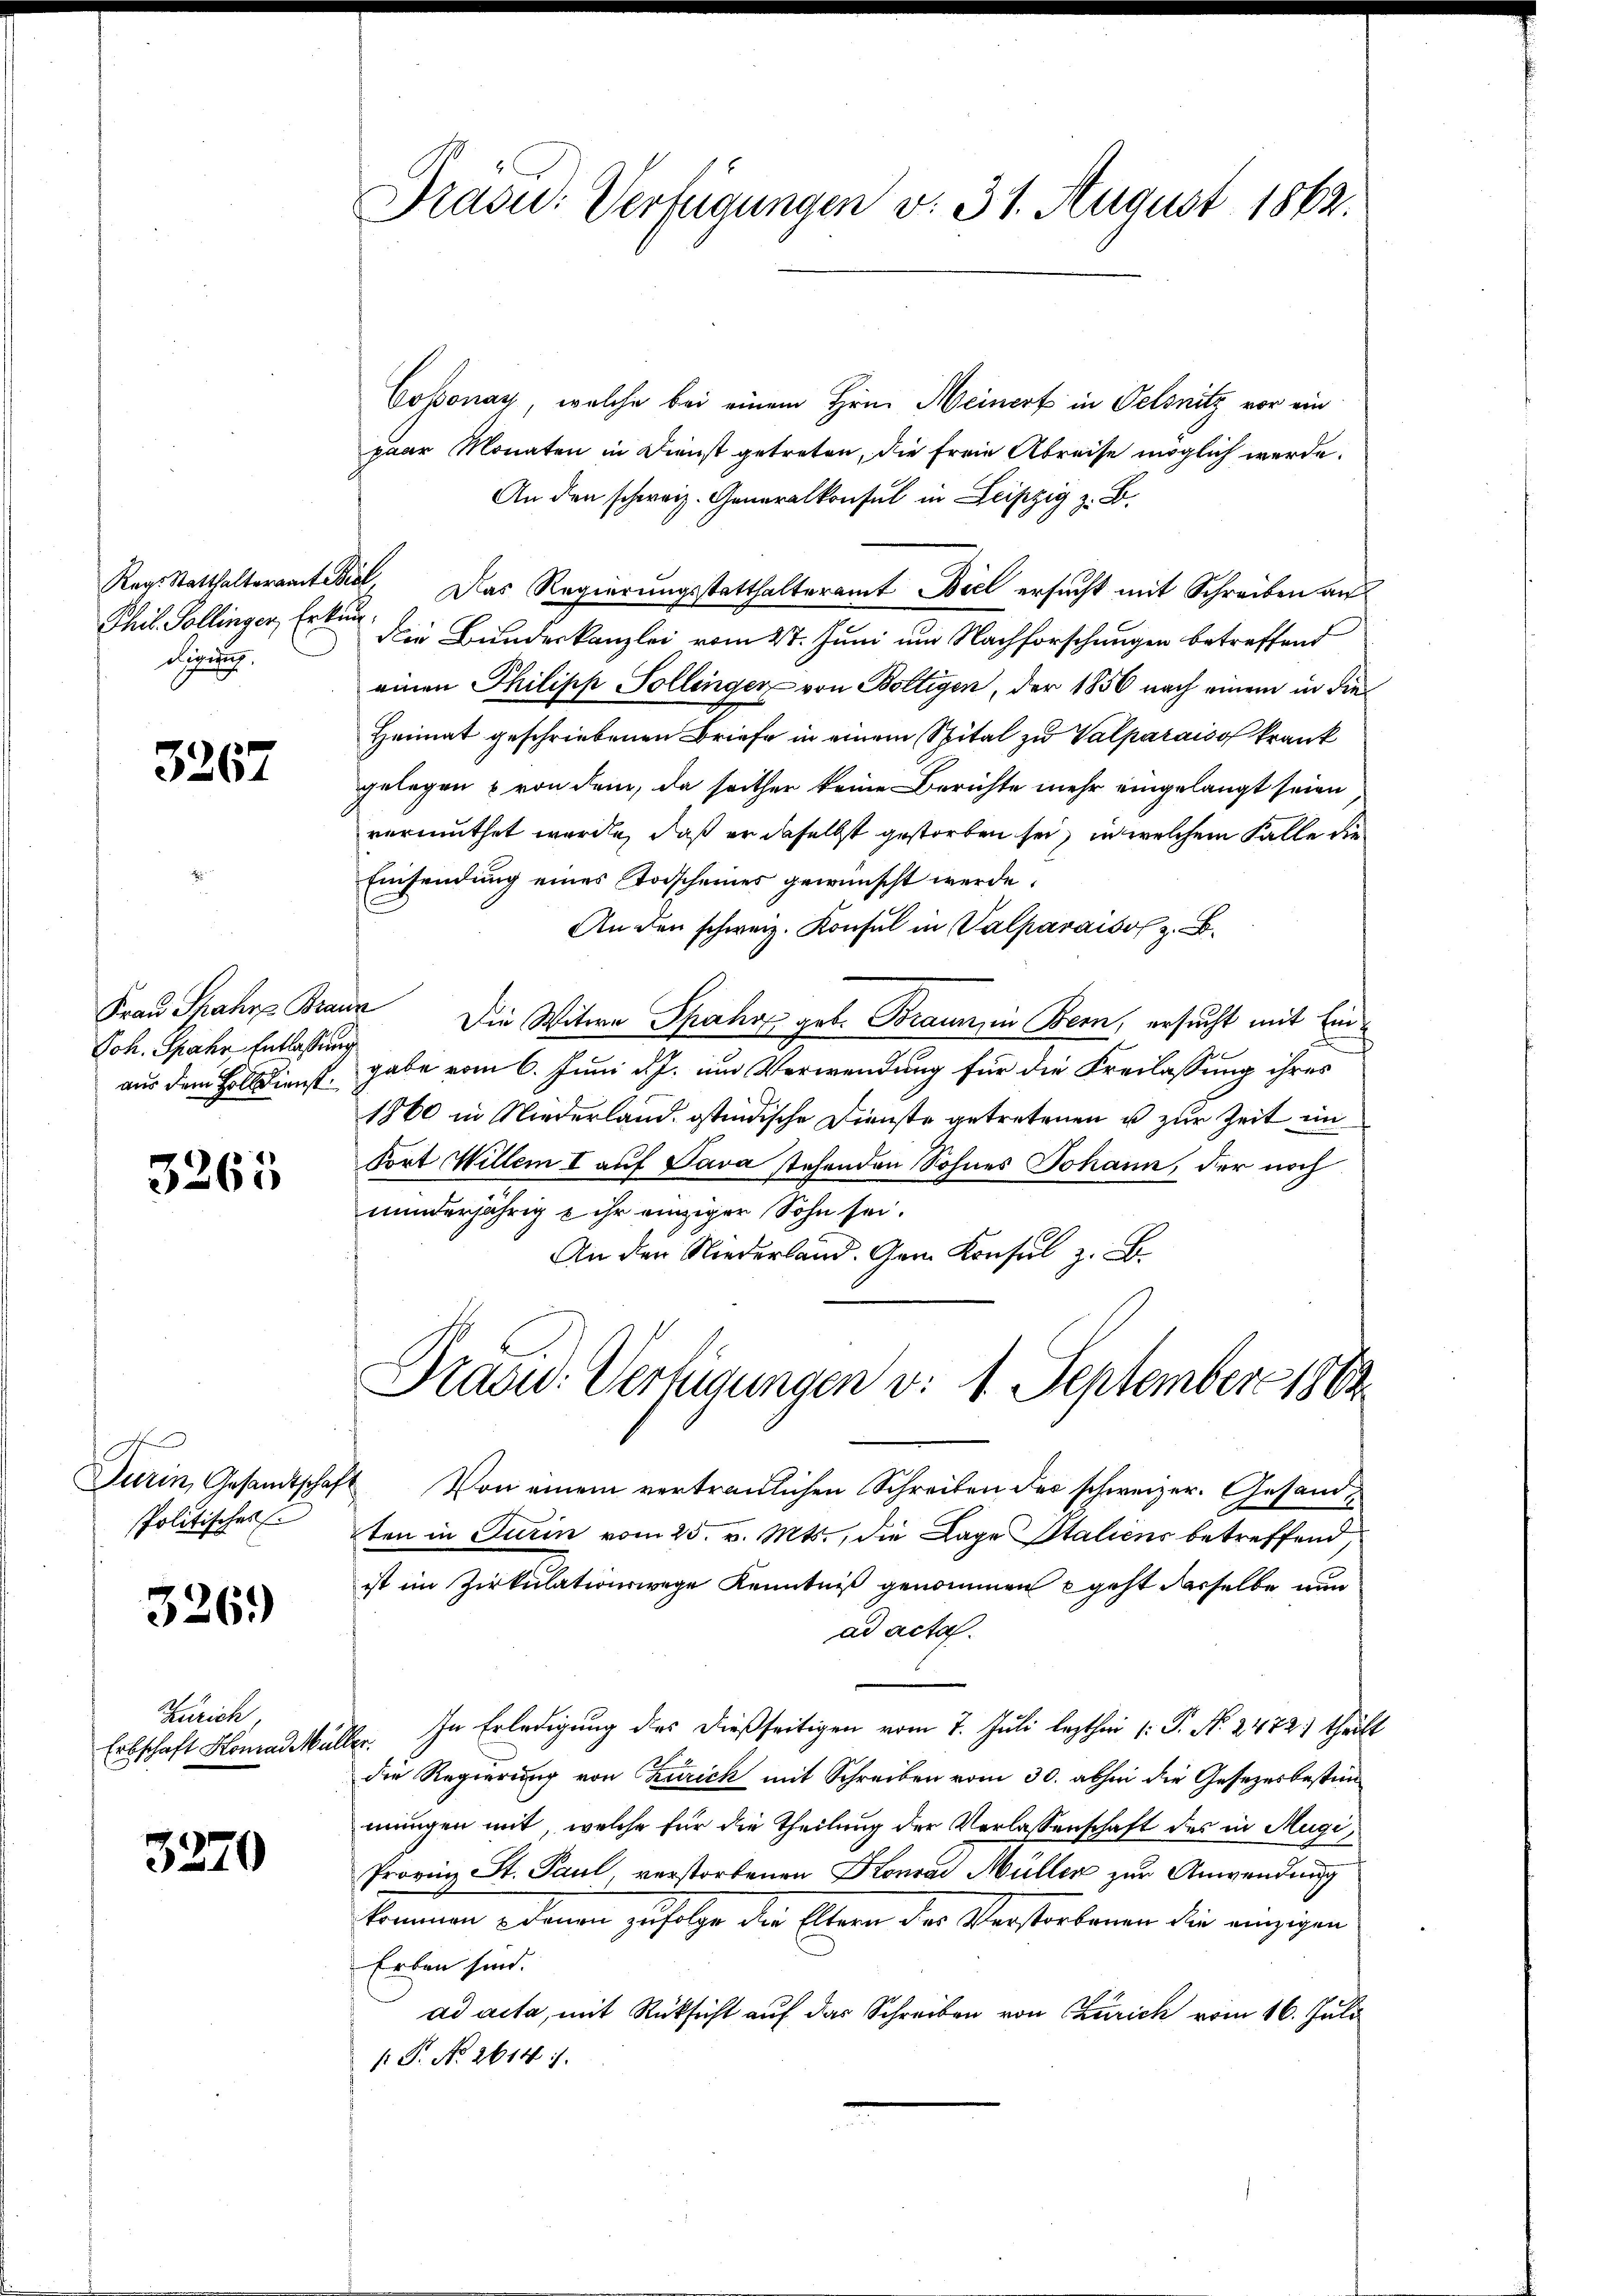
Phil. Pollinger, Erkundigung.

3267

Frau Spahre Brau
Joh. Spahr Entlassung
aus dem Holldienst.

3265

Turin, Gesandtschaft
Politisches

326)

Zürich,
Erbschaft Konrad Ma

3270

Präsid.: Verfügungen v. 31. August 1862.

Coponay, welche bei einem Hrn. Meinert in Felsnitz vor ein
paar Monaten in Dienst getreten, die freie Abreise möglich werde.
An den schweiz. Generalkonsul in Leipzig z. B.
Rag. Statthalteramteseel. Das Regierungsstatthalteramt Biel ersucht mit Schreiben au
die Bundeskanzlei vom 27. Juni um Nachforschungen betreffend
einen Philipp Sollinger von Boltigen, der 1856 nach einem in die¬
Heimat geschriebenen Briefe in einem Spital zu Valparais of krank
gelegen von dem, da seither keine Berichte mehr eingelangt seien
vermuthet werden, daß er daselbst gestorben sei, in welchem Falle die
Einsendung eines Todscheines gewünscht werde.
An den schweiz. Konsul in Valparaiso z. B.
" Die Witwe Spahn geb. Braun, in Bern, ersucht mit Eingabe vom 6. Juni d. J. um Verwendung für die Freilassung ihres
1860 in Niederland. ostindische Dienste getretenen u zur Zeit im
fort Willen I auf Java stehenden Sohnes Johann, der noch
minderjährig & ihr einziger Sohn sei.
An den Niederland. Gem Konsul z. B.
Praad: Verfügungen v. 1. September 1863.
Von einem vertraulichen Schreiben der schweizer. Gesandten in Turin vom 25. v. Mts., die Lage Italiens betreffend,
ist im Zirkulationswege Kenntniß genommen geht derselbe nun
ad acta.
Ver. In Erledigung des dießseitigen vom 7. Juli lezthin 1: P. No. 2472) theilt
die Regierung von Zürich mit Schreiben vom 30. abhin die Gesetzesbestim
mungen mit, welche für die Theilung der Verlassenschaft des in Mugi¬
Provinz St. Paul, verstorbenen Konrad Müller zur Anwendung
kommen edenen zufolge der Eltern der Verstorbenen die einigen
Erben sind.
ad acta, mit Rücksicht auf das Schreiben von Zürich vom 16. Juli
 P. No. 2614.